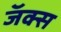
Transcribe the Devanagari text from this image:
जॅक्स